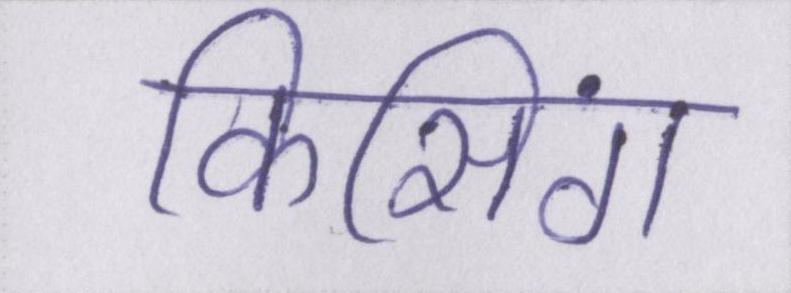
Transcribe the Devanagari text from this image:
किसिंग